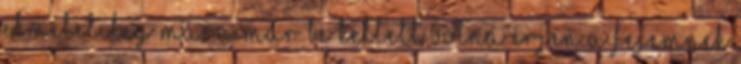
elméletileg mára már be kellett volna érjen a fejemnek